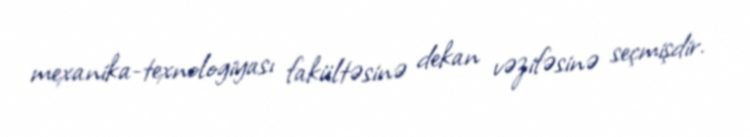
mexanika-texnologiyası fakültəsinə dekan vəzifəsinə seçmişdir.